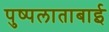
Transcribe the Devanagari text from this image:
पुष्पलाताबाई